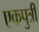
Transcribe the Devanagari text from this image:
एकपुत्री